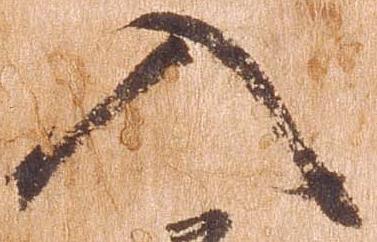
入